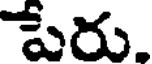
పేరు.